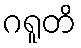
ဂရူတိ